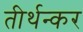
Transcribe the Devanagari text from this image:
तीर्थन्कर